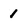
Character: I